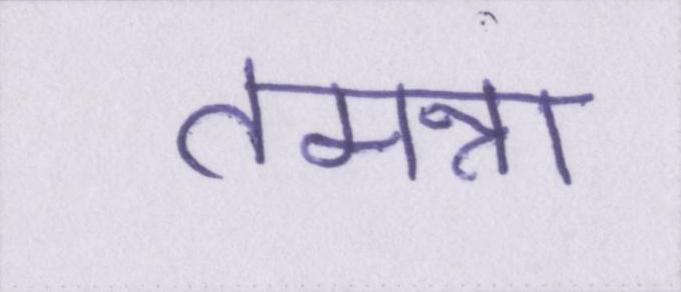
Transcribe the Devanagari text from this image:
तमन्ना